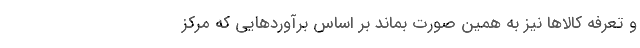
و تعرفه کالاها نیز به همین صورت بماند بر اساس برآوردهایی که مرکز